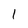
Character: 1